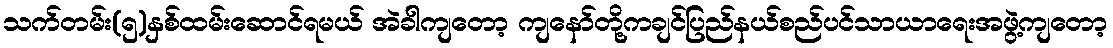
သက်တမ်း(၅)နှစ်ထမ်းဆောင်ရမယ် အဲခါကျတော့ ကျနော်တို့ကချင်ပြည်နယ်စည်ပင်သာယာရေးအဖွဲ့ကျတော့